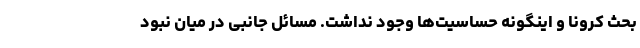
بحث کرونا و اینگونه حساسیت‌ها وجود نداشت. مسائل جانبی در میان نبود